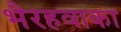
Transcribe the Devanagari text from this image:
भैरहवाका